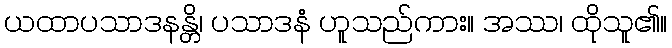
ယထာပသာဒနန္တိ၊ ပသာဒနံ ဟူသည်ကား။ အဿ၊ ထိုသူ၏။